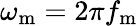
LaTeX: \omega_{\mathrm{m}}=2\pi f_{\mathrm{m}}